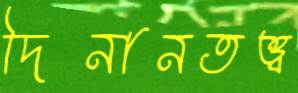
দিনানতত্ত্ব